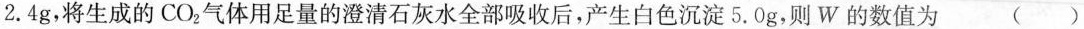
2.4g，将生成的CO_{2}气体用足量的澄清石灰水全部吸收后，产生白色沉淀5.0g，则W的数值为()